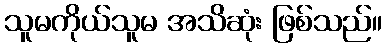
သူမကိုယ်သူမ အသိဆုံး ဖြစ်သည်။